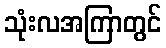
သုံးလအကြာတွင်